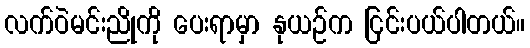
လက်ဝဲမင်းညိုကို ပေးရာမှာ နုယဉ်က ငြင်းပယ်ပါတယ်။